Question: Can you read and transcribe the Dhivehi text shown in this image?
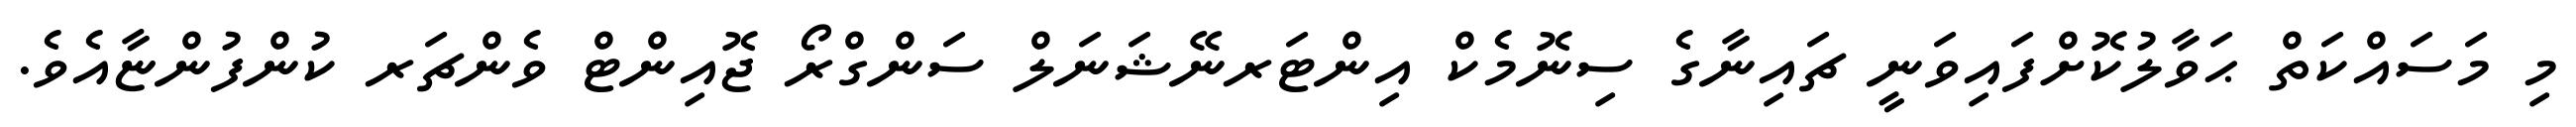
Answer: މި މަސައްކަތް ޙަވާލުކޮށްފައިވަނީ ޗައިނާގެ ސިނޮމެކް އިންޓަރނޭޝަނަލް ސަންގްރޯ ޖޮއިންޓް ވެންޗަރ ކުންފުންޏާއެވެ.